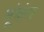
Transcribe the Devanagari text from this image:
भूंकंप